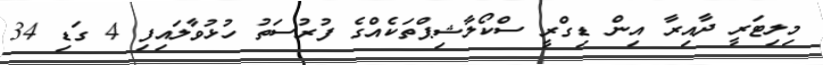
މިލިޓަރީ ދާއިރާ އިން ޑިގްރީ ސްކޯލާޝިޕްތަކެއްގެ ފުރުސަތު ހުޅުވާލައިފި 4 ގަޑި 34